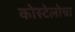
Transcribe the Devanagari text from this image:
कोस्टेलोचा